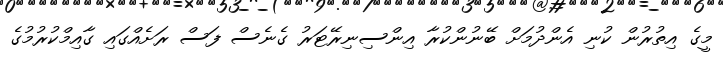
މީގެ އިތުރުން ކުނި އެންދުމަށް ބޭނުންކުރާ އިންސިނިރޭޓަރު ގެނެސް ފަސް ރަށެއްގައި ގާއިމްކުރުމުގެ